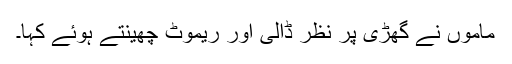
ماموں نے گھڑی پر نظر ڈالی اور ریموٹ چھینتے ہوئے کہا۔